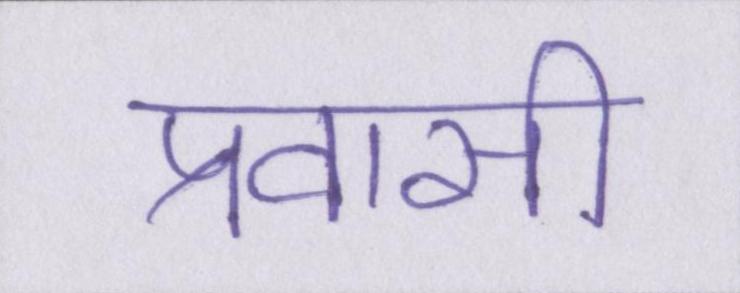
प्रवासी